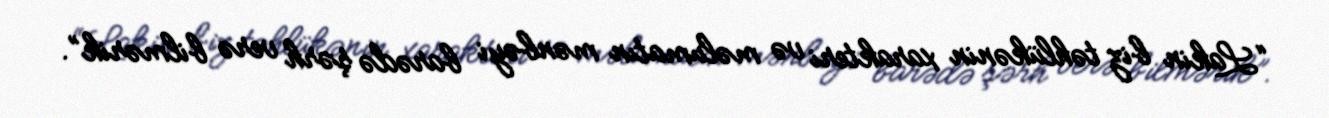
“Lakin biz təhlükənin xarakteri və məlumatın mənbəyi barədə şərh verə bilmərik”.